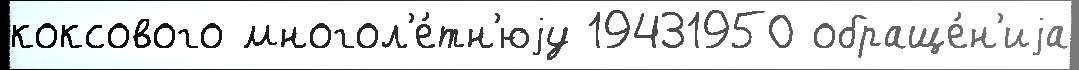
коксового многол'е́тн'юjу 19431950 обраще́н'иjа